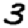
Digit: 3